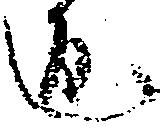
返